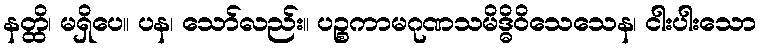
နတ္ထိ၊ မရှိပေ။ ပန၊ သော်လည်း။ ပဉ္စကာမဂုဏသမိဒ္ဓိဝိသေသေန၊ ငါးပါးသော